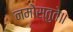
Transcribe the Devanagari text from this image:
नमोस्तुते॥